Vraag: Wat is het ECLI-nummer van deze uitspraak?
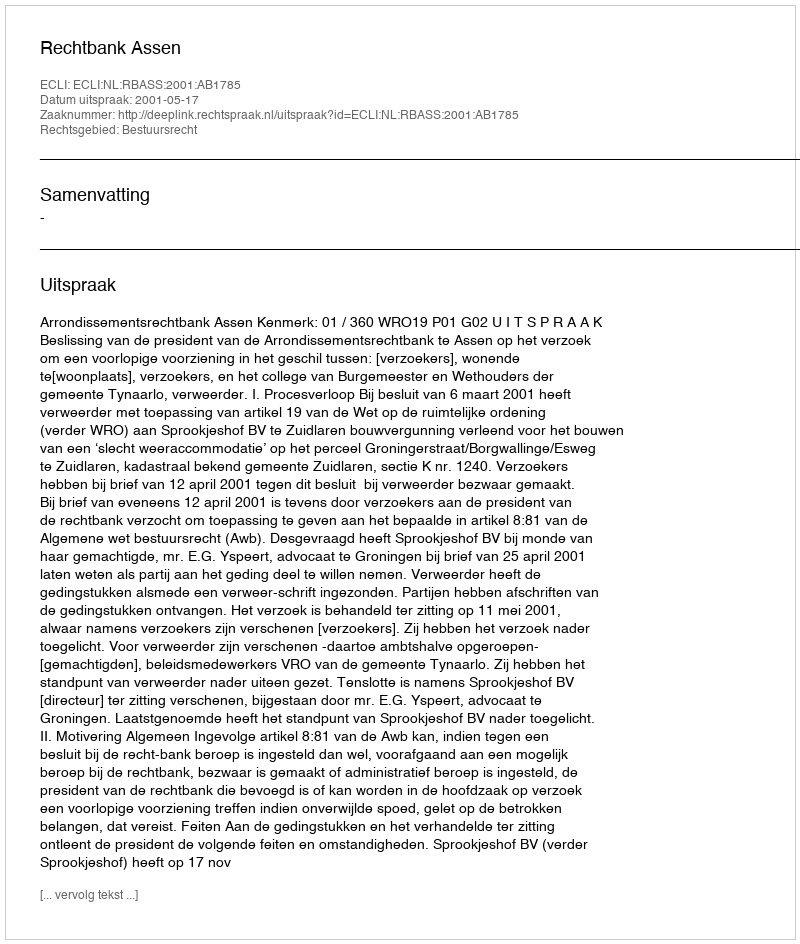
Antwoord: ECLI:NL:RBASS:2001:AB1785